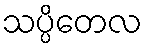
သပ္ပိတေလ